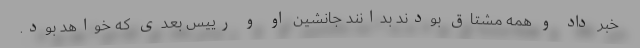
خبر داد و همه مشتاق بودند بدانند جانشین او و رییس بعدی که خواهد بود.